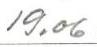
19.06